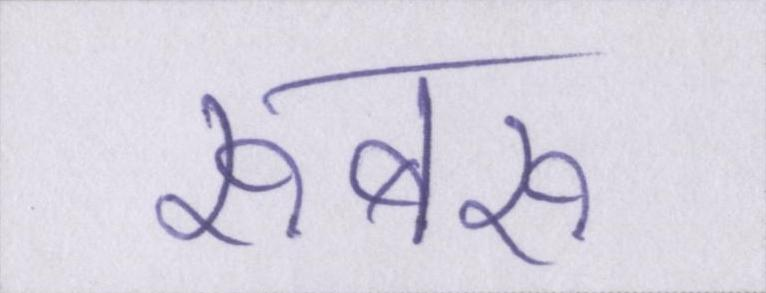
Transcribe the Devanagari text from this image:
रूबरू